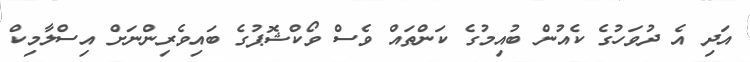
އަދި އެ ދުވަހުގެ ކެއުން ބުއިމުގެ ކަންތައް ވެސް ވޯކްޝޮޕުގެ ބައިވެރިންނަށް އިސްލާމިކް